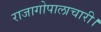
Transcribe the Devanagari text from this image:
राजागोपालाचारी।